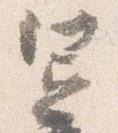
憲